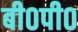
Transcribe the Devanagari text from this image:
बी०पी०